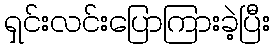
ရှင်းလင်းပြောကြားခဲ့ပြီး